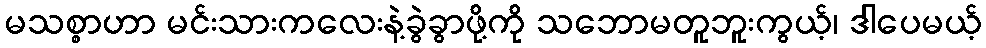
မသစ္စာဟာ မင်းသားကလေးနဲ့ခွဲခွာဖို့ကို သဘောမတူဘူးကွယ့်၊ ဒါပေမယ့်